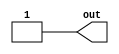
module GeneratorUnsigned1(out);
	output wire out;
	assign out = 1;
endmodule